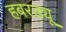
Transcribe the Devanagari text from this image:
हबरड्यू